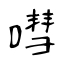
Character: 嘒